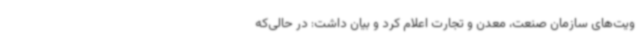
ویت‌های سازمان صنعت، معدن و تجارت اعلام کرد و بیان داشت: در حالی‌که